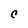
Character: C